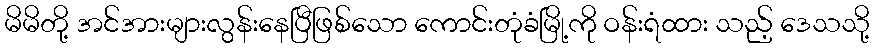
မိမိတို့ အင်အားများလွန်းနေပြီဖြစ်သော ကောင်းတုံခံမြို့ကို ဝန်းရံထား သည့် ဒေသသို့